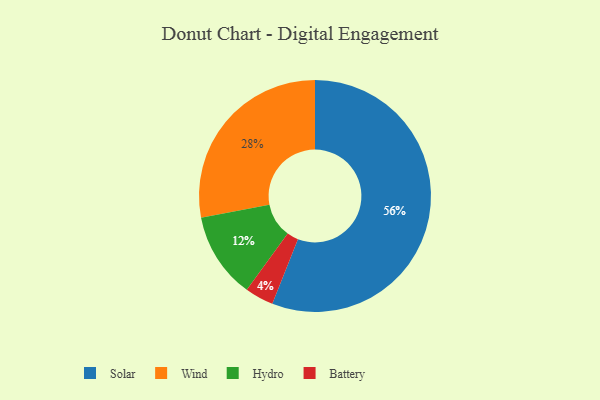
{"axis": {"x": "Category", "y": "Percentage"}, "legend": ["Battery", "Hydro", "Solar", "Wind"], "data": [{"x": "Wind", "y": 28, "type": "Wind"}, {"x": "Solar", "y": 56, "type": "Solar"}, {"x": "Battery", "y": 4, "type": "Battery"}, {"x": "Hydro", "y": 12, "type": "Hydro"}]}